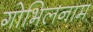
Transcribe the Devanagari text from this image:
गोभिलनाम